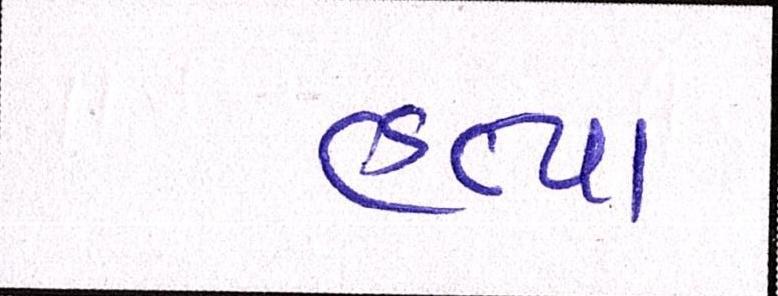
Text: હત્યા